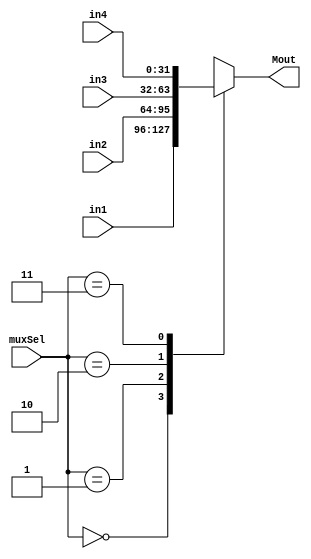
//Mux_4_32 U_mux4_32(mux4_32sel,ALUout,DMout,PC_add_4,extout,mux4_32out);
module Mux_4_32 (muxSel,in1,in2,in3,in4,Mout);//where the muxSel from?
    input [1:0]    muxSel;
    input [31:0]   in1,in2,in3,in4;
    output [31:0]  Mout;
    reg [31:0]     Mout;
    always@(muxSel or in1 or in2 or in3 or in4 ) 
    begin
        case(muxSel)
            2'b00: Mout <= in1;
            2'b01: Mout <= in2;
            2'b10: Mout <= in3;
            2'b11: Mout <= in4;
        endcase
    end
endmodule

//Mux_4_5 U_mux4_5(mux4_5sel,RT,RD,mux4_5out);
module Mux_4_5 (muxSel,in1,in2,Mout);
    input [1:0]     muxSel;
    input [4:0]     in1,in2;
    output [4:0]    Mout;
    reg [4:0]       Mout;
    always@(muxSel or in1 or in2   ) 
    begin
        case(muxSel)
            2'b00: Mout <= in1;//rt
            2'b01: Mout <= in2;//rd
            2'b10: Mout <= 'h1f;
           // 2'b11: Mout <= in4;
        endcase
    end
endmodule

//Mux_2 U_mux2(mux2sel,RS2out,extout,mux2out);  
module Mux_2 (muxSel,in1,in2,Mout);    //it's deserted
    input  muxSel;
    input [31:0] in1,in2;
    output [31:0] Mout;
    reg [31:0] Mout;
    always@(muxSel or in1 or in2 ) 
    begin
        case(muxSel)
            1'b0: Mout <= in1;//????1?0???
            1'b1: Mout <= in2;
        endcase
    end
endmodule